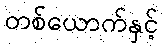
တစ်ယောက်နှင့်